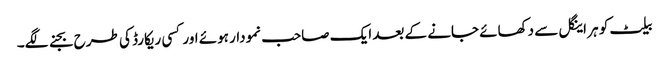
بیلٹ کو ہر اینگل سے دکھائے جانے کے بعد ایک صاحب نمودار ہوئے اور کسی ریکارڈ کی طرح بجنے لگے۔